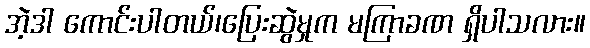
အဲ့ဒါ ကောင်းပါတယ်၊ပြေးဆွဲမှုက မကြာခဏ ရှိပါသလား။